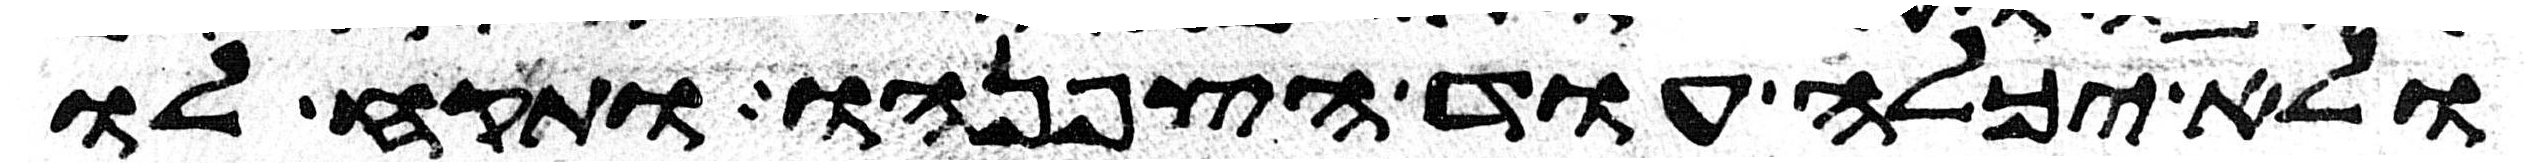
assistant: ולא יכלה עוד הצפנהו ותקח לו